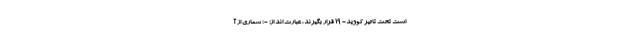
است تحت تاثیر کووید- 19 قرار بگیرند، عبارت اند از: - : شماری از آ